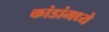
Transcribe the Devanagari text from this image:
कांडांमध्ये